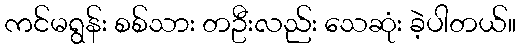
ကင်မရွန်း စစ်သား တဦးလည်း သေဆုံး ခဲ့ပါတယ်။